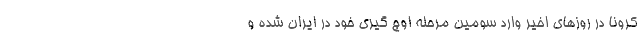
کرونا در روزهای اخیر وارد سومین مرحله اوج گیری خود در ایران شده و